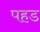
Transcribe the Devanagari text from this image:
पहड